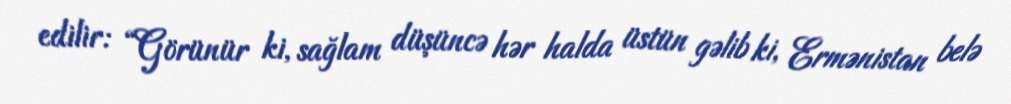
edilir: “Görünür ki, sağlam düşüncə hər halda üstün gəlib ki, Ermənistan belə